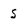
Character: S